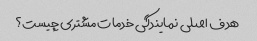
هدف اصلی نمایندگی خدمات مشتری چیست؟